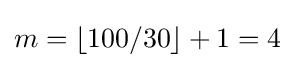
m=\left\lfloor 100/30\right\rfloor +1=4